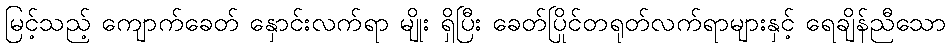
မြင့်သည့် ကျောက်ခေတ် နှောင်းလက်ရာ မျိုး ရှိပြီး ခေတ်ပြိုင်တရုတ်လက်ရာများနှင့် ရေချိန်ညီသော